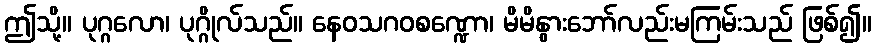
ဤသို့။ ပုဂ္ဂလော၊ ပုဂ္ဂိုလ်သည်။ နေဝသဂဝစဏ္ဍော၊ မိမိနွားဘော်လည်းမကြမ်းသည် ဖြစ်၍။